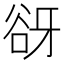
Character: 谺